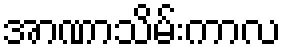
အာဏာသိမ်းကာလ